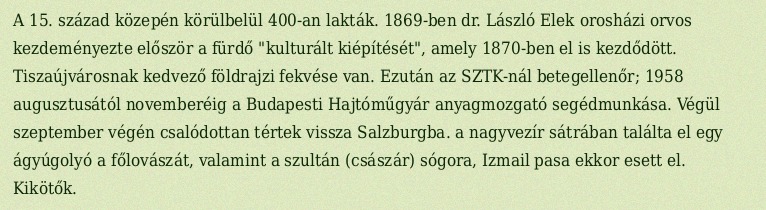
A 15. század közepén körülbelül 400-an lakták. 1869-ben dr. László Elek orosházi orvos kezdeményezte először a fürdő "kulturált kiépítését", amely 1870-ben el is kezdődött. Tiszaújvárosnak kedvező földrajzi fekvése van. Ezután az SZTK-nál betegellenőr; 1958 augusztusától novemberéig a Budapesti Hajtóműgyár anyagmozgató segédmunkása. Végül szeptember végén csalódottan tértek vissza Salzburgba. a nagyvezír sátrában találta el egy ágyúgolyó a főlovászát, valamint a szultán (császár) sógora, Izmail pasa ekkor esett el. Kikötők.